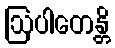
ဩပါတေန္တိ